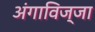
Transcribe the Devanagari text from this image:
अंगाविज्जा